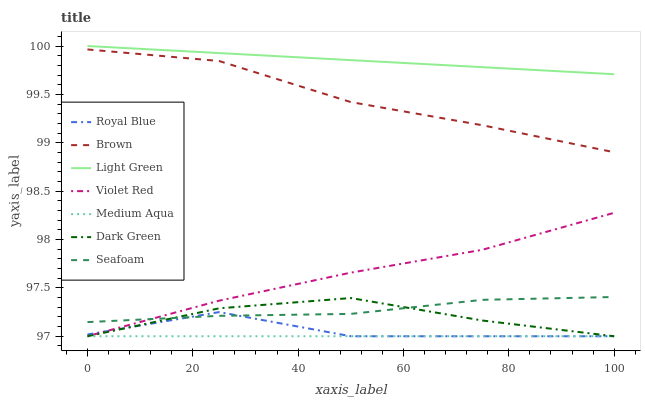
| xaxis_label | Royal Blue | Brown | Light Green | Violet Red | Medium Aqua | Dark Green | Seafoam |
 | --- | --- | --- | --- | --- | --- | --- | --- |
 | 0 | 97 | 100 | 100 | 97 | 97 | 97 | 97.1 |
 | 25 | 97.2 | 99.8 | 99.9 | 97.4 | 97 | 97.3 | 97.2 |
 | 50 | 97 | 99.4 | 99.9 | 97.7 | 97 | 97.4 | 97.2 |
 | 75 | 97 | 99.2 | 99.8 | 97.9 | 97 | 97.2 | 97.4 |
 | 100 | 97 | 98.9 | 99.7 | 98.3 | 97 | 97 | 97.4 |